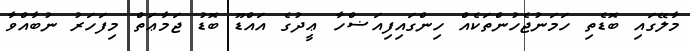
މާލޭގައި ބޮޑެތި ހަމަނުޖެހުންތަކެއް ހިންގައިފިއަޟްހާ ޢީދުގެ އައްޑޫ ބޮޑު ޖަމާޢަތް މިފަހަރު ނުބާއްވާ